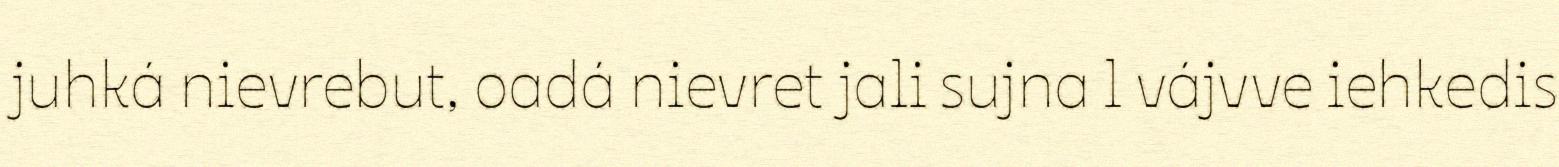
juhká nievrebut, oadá nievret jali sujna l vájvve iehkedis